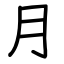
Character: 月